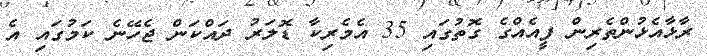
ރާޅާއެޅުންތެރިން ފީއެއްގެ ގޮތުގައި 35 އެމެރިކާ ޑޮލަރު ދައްކަން ޖެހޭނެ ކަމުގައި އެ